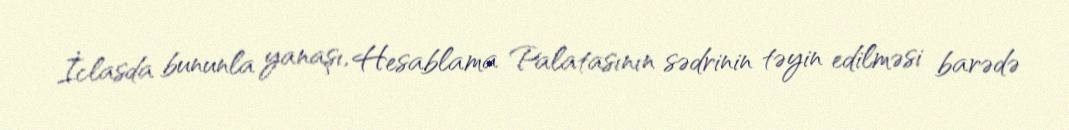
İclasda bununla yanaşı, Hesablama Palatasının sədrinin təyin edilməsi barədə